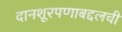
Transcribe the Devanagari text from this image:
दानशूरपणाबद्दलची